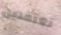
تعتقدين